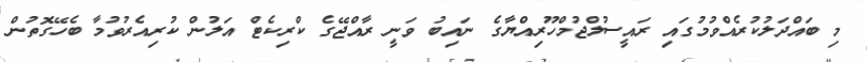
މި ބައްދަލުކުރެއްވުމުގައި ރައީސުލްޖުމްހޫރިއްޔާގެ ނައިބު ވަނީ ރާއްޖޭގެ ކްރިކެޓް އަލުން ކުރިއެރުވުމާ ބެހޭގޮތުން